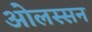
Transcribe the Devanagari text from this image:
ओलस्सन